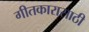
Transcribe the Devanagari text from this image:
गीतकारासाठी